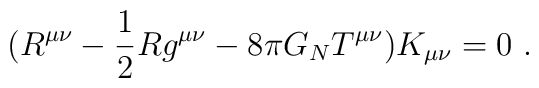
(R^{\mu\nu}-\frac{1}{2}Rg^{\mu\nu}-8\pi G_{N}T^{\mu\nu})K_{\mu\nu}=0~.